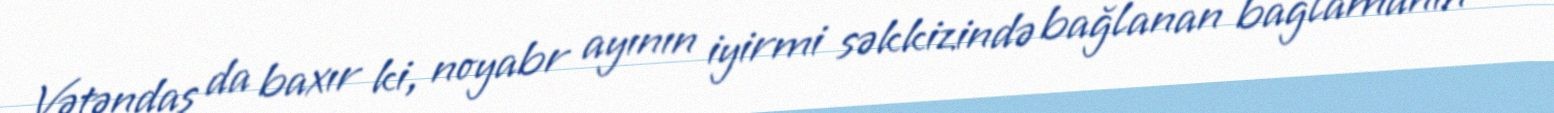
Vətəndaş da baxır ki, noyabr ayının iyirmi səkkizində bağlanan bağlamanın